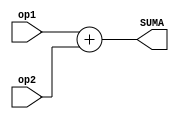
module SUM(
input  [31:0] op1, op2,
output [31:0] SUMA 
);


assign SUMA=op1+op2;

endmodule